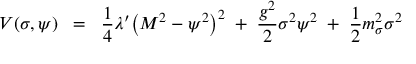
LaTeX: V ( \sigma , \psi ) \; \; = \; \; \frac { 1 } { 4 } \lambda ^ { \prime } \bigl ( M ^ { 2 } - \psi ^ { 2 } \bigr ) ^ { 2 } \; + \; \frac { g ^ { 2 } } { 2 } \sigma ^ { 2 } \psi ^ { 2 } \; + \; \frac { 1 } { 2 } m _ { \sigma } ^ { 2 } \sigma ^ { 2 }